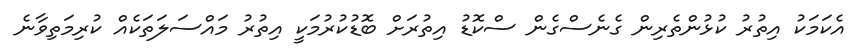
އެކަމަކު އިތުރު ކުޅުންތެރިން ގެނެސްގެން ސްކޮޑު އިތުރަށް ބޮޑުކުރުމަކީ އިތުރު މައްސަލަތަކެއް ކުރިމަތިވާނެ